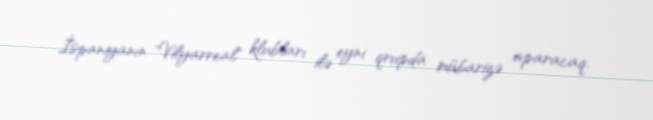
İspaniyanın "Vilyarreal" klubları ilə eyni qrupda mübarizə aparacaq.